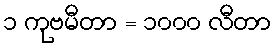
၁ ကုဗမီတာ = ၁၀၀၀ လီတာ